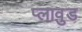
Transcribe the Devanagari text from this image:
प्लावुड